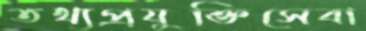
তথ্যপ্রযুক্তিসেবা